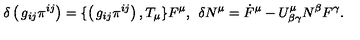
\delta \left( \begin{matrix} { g _ { i j } } \\ { \pi ^ { i j } } \\ \end{matrix} \right) = \{ \left( \begin{matrix} { g _ { i j } } \\ { \pi ^ { i j } } \\ \end{matrix} \right) , T _ { \mu } \} F ^ { \mu } , \: \: \delta N ^ { \mu } = \dot { F } ^ { \mu } - U _ { \beta \gamma } ^ { \mu } N ^ { \beta } F ^ { \gamma } .